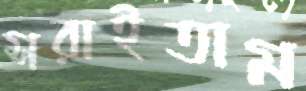
সরাইতাম